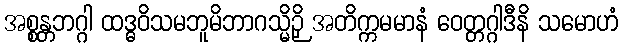
အစ္စန္တဘဂ္ဂါ ထဒ္ဓဝိသမဘူမိဘာဂသ္မိဉှိ အတိက္ကမမာနံ ဝေတ္တဂ္ဂါဒီနိ သမောဟံ